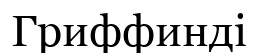
Гриффинді